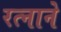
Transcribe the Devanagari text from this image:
रत्नाने